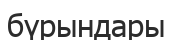
бүрындары